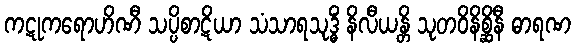
ကဋုကရောဟိဏီ သပ္ပိစာဋိယာ သံသာရသုဒ္ဓိံ နိလီယန္တိ သုတဝိနိစ္ဆိနီ ဓာရဏ